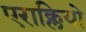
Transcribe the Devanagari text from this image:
एराक्लियो